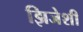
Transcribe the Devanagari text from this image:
झिजेशी